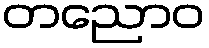
တညောဝ